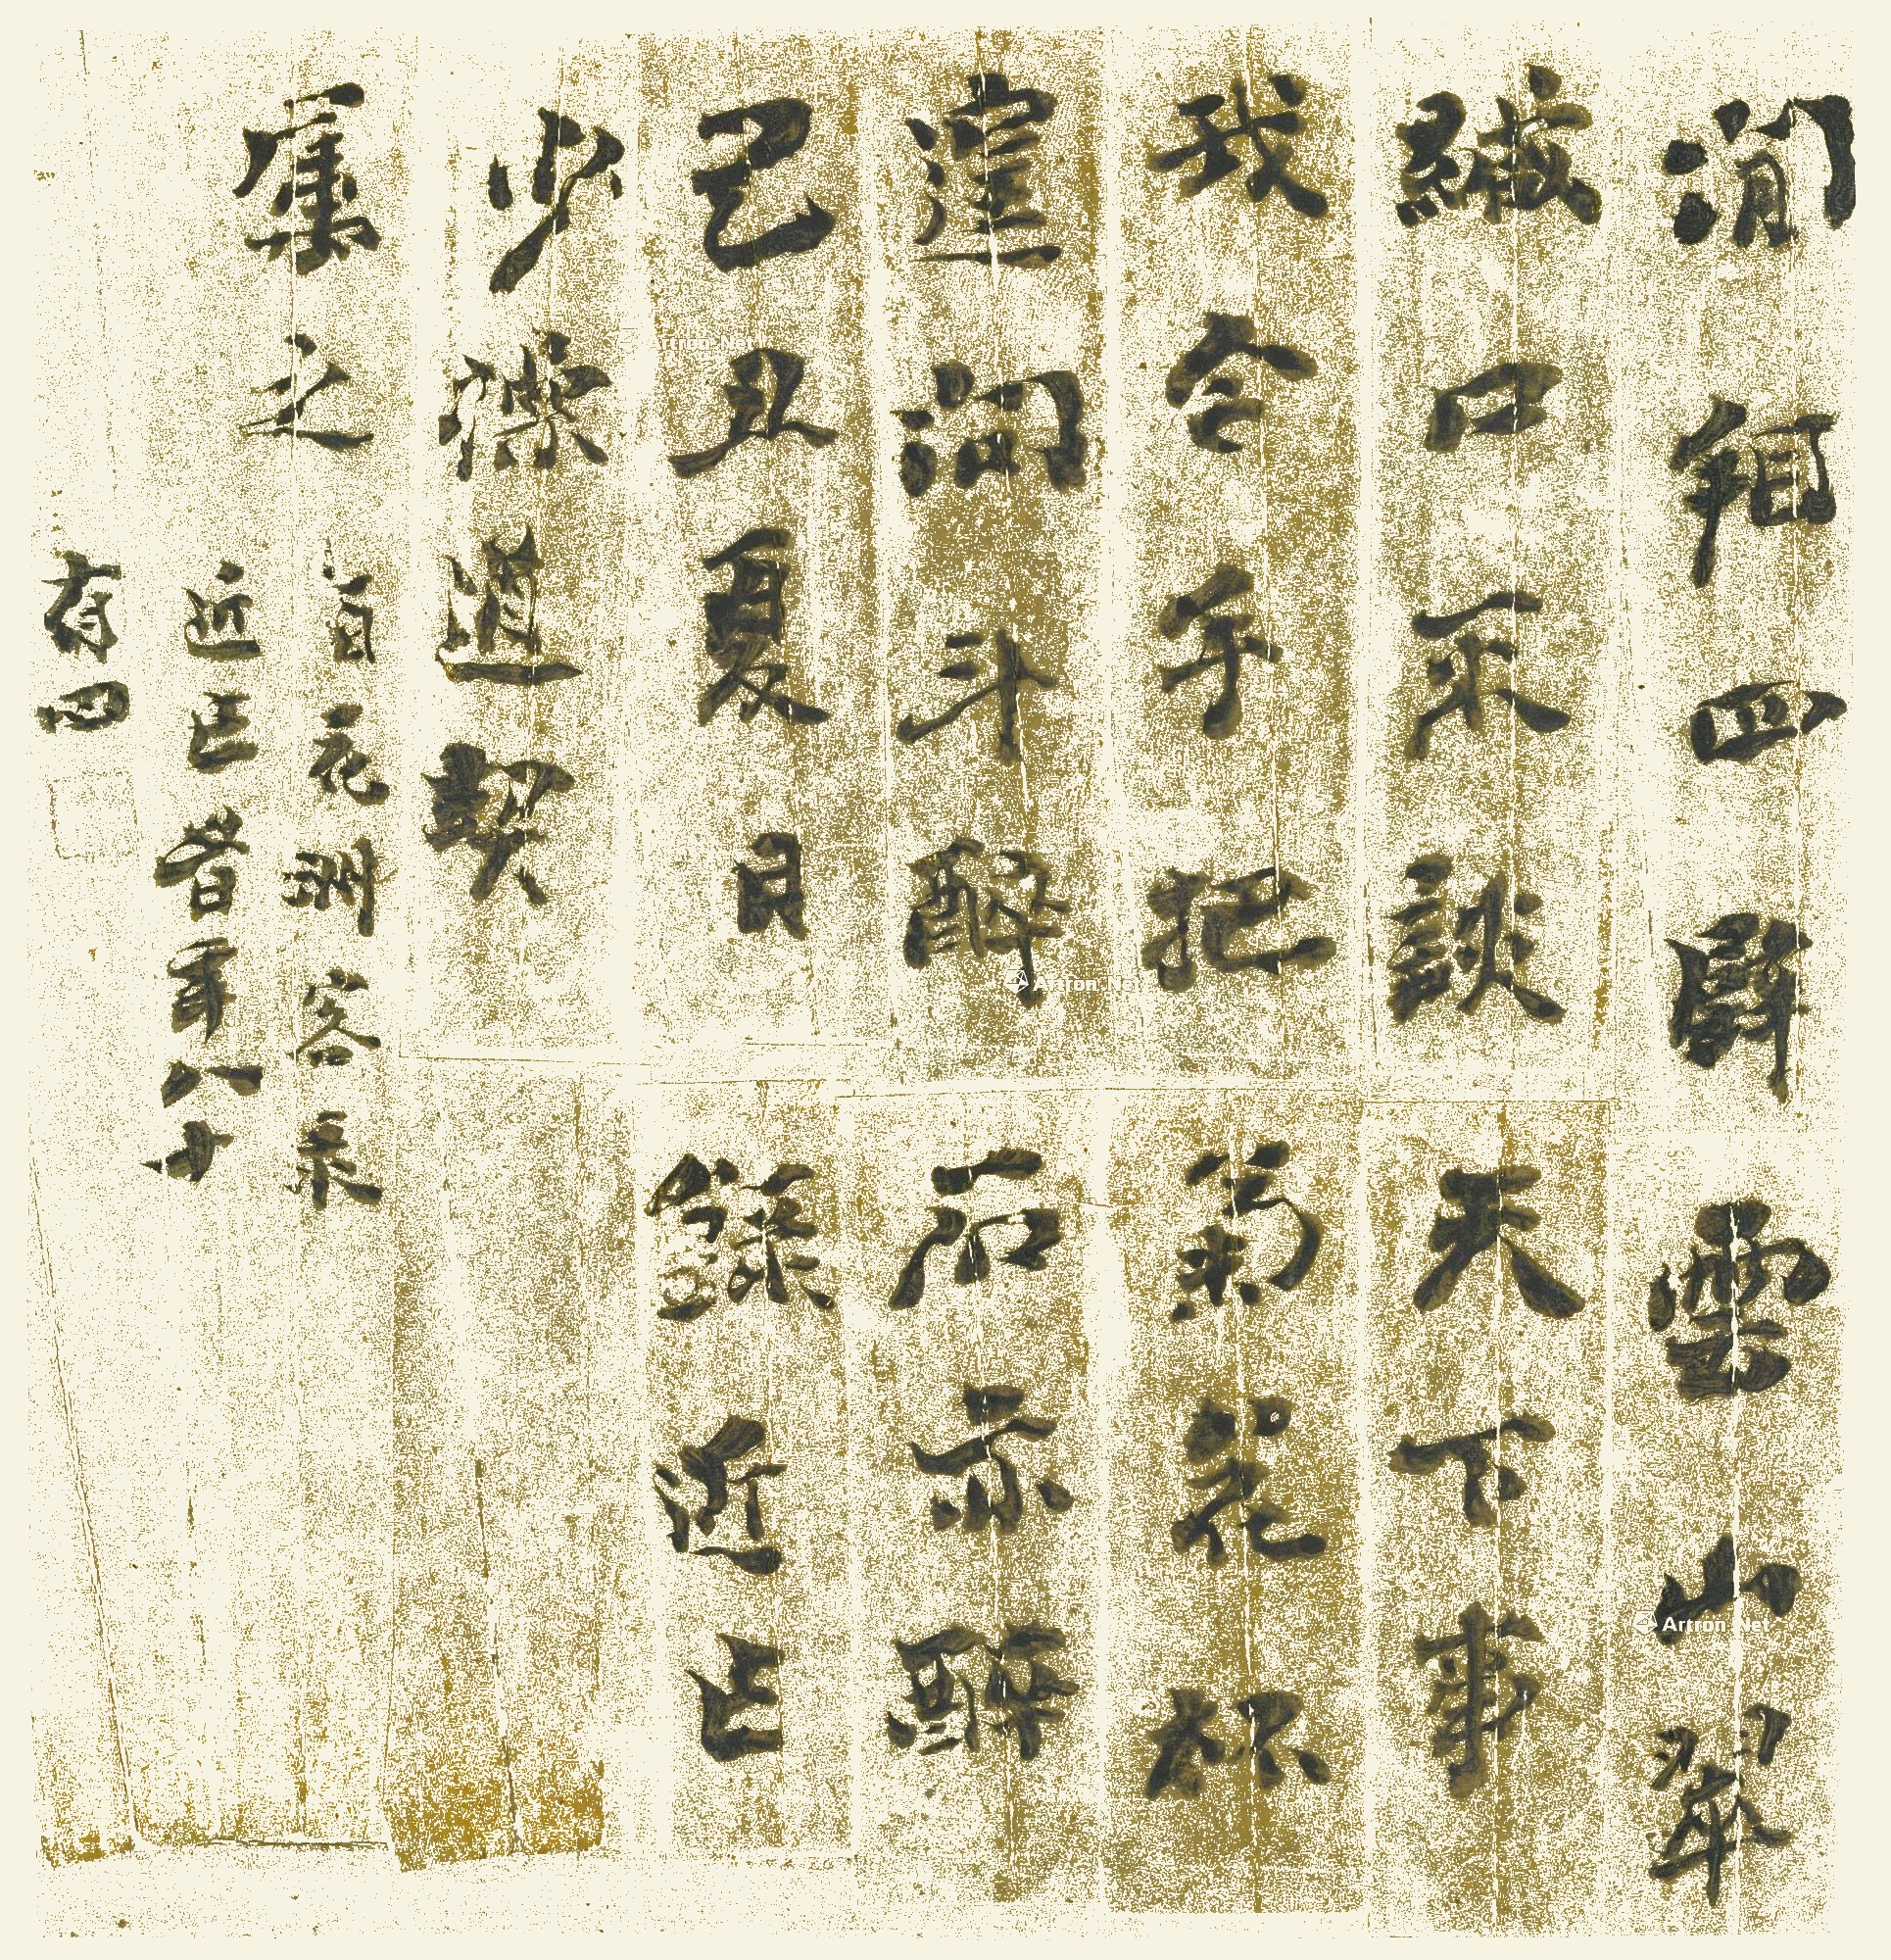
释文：闲看四壁云山翠，缄口不谈天下事。我今手把菊花杯，遑问斗酒石亦醉。己丑夏日，录近作。少操道契属之，百花洲客录近作，时年八十有四。